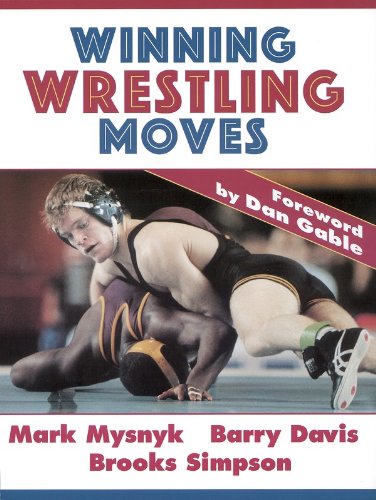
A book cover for Winning Wrestling Moves; Mark Mysnyk; Sports & Outdoors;